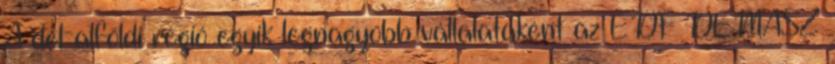
A dél-alföldi régió egyik legnagyobb vállalataként az EDF DÉMÁSZ